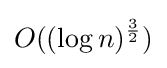
O((\log n)^{\frac {3}{2}})